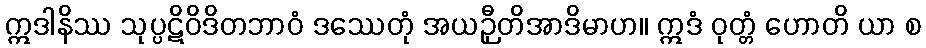
ဣဒါနိဿ သုပ္ပဋိဝိဒိတဘာဝံ ဒဿေတုံ အယဉှီတိအာဒိမာဟ။ ဣဒံ ဝုတ္တံ ဟောတိ ယာ စ